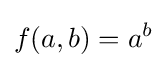
f(a,b)=a^{b}